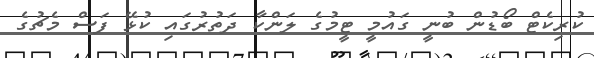
ކުރިކެޓް ބޯޑުން ބުނީ ގައުމީ ޓީމުގެ ލަންކާ ދަތުރުގައި ކުޅޭ ފަސް މެޗުގެ